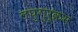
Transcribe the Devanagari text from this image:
लघुगुरूक्रम